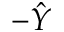
- \hat { Y }